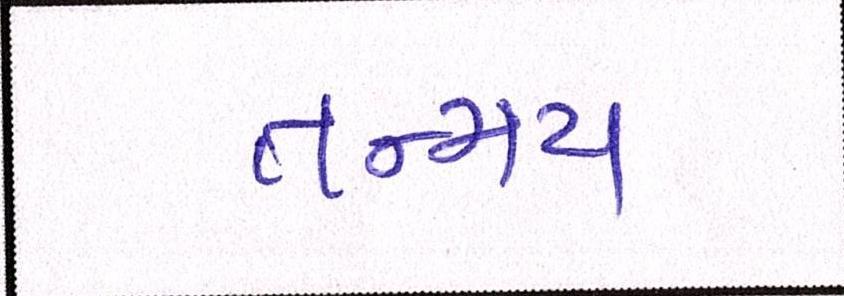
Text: તન્મય